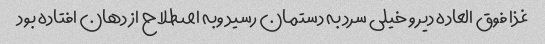
غذا فوق العاده دیر و خیلی سرد به دستمان رسید وبه اصطلاح از دهان افتاده بود